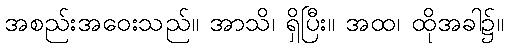
အစည်းအဝေးသည်။ အာသိ၊ ရှိပြီး။ အထ၊ ထိုအခါ၌။